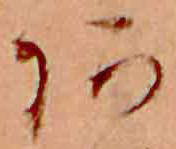
あ